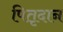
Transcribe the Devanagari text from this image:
पितृदान